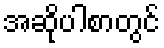
အဆိုပါစာတွင်